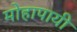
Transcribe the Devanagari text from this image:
मोहापायी